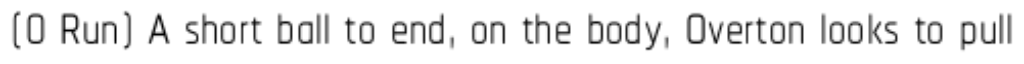
(0 Run) A short ball to end, on the body, Overton looks to pull